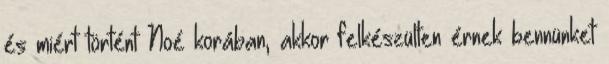
és miért történt Noé korában, akkor felkészülten érnek bennünket